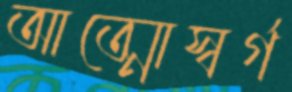
আত্মোস্বর্গ